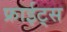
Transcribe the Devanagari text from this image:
फ्राईट्स